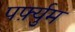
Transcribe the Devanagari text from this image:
पर्फ़्युम